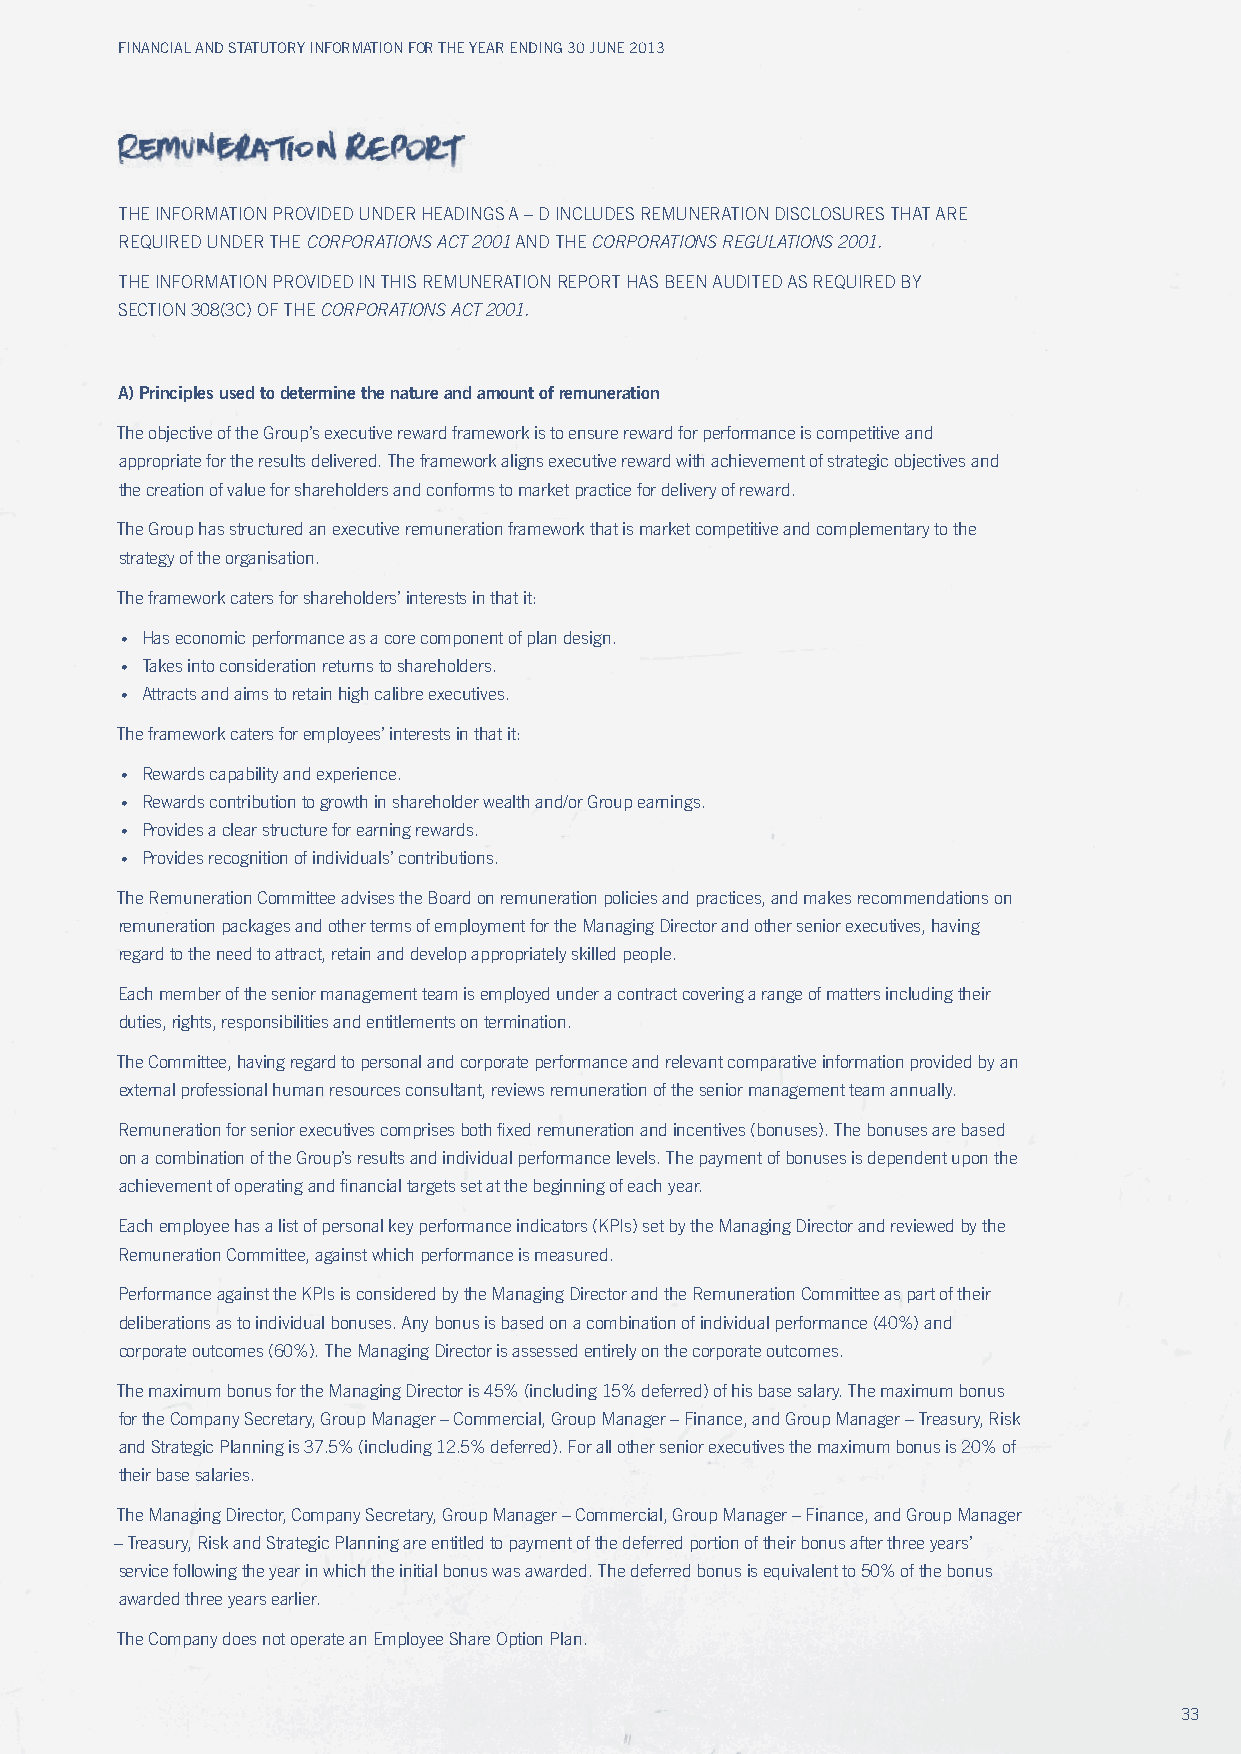
Financial and Statutory inFormation For the year ending 30 June 2013
 THE INFORMATION PROvIDED uNDER HEADINGS A – D INCLuDES REMuNERATION DISCLOSuRES THAT ARE
 REQuIRED uNDER THE CoRpoRAtIons ACt 2001 AND THE CoRpoRAtIons REGuLAtIons 2001.
 THE INFORMATION PROvIDED IN THIS REMuNERATION REPORT HAS BEEN AuDITED AS REQuIRED By
 SECTION 308(3C) OF THE CoRpoRAtIons ACt 2001.
 A) Principles used to determine the nature and amount of remuneration
 The objective of the Group’s executive reward framework is to ensure reward for performance is competitive and
 appropriate for the results delivered. The framework aligns executive reward with achievement of strategic objectives and
 the creation of value for shareholders and conforms to market practice for delivery of reward.
 The Group has structured an executive remuneration framework that is market competitive and complementary to the
 strategy of the organisation.
 The framework caters for shareholders’ interests in that it:
 • Has economic performance as a core component of plan design.
 • Takes into consideration returns to shareholders.
 • Attracts and aims to retain high calibre executives.
 The framework caters for employees’ interests in that it:
 • Rewards capability and experience.
 • Rewards contribution to growth in shareholder wealth and/or Group earnings.
 • Provides a clear structure for earning rewards.
 • Provides recognition of individuals’ contributions.
 The Remuneration Committee advises the Board on remuneration policies and practices, and makes recommendations on
 remuneration packages and other terms of employment for the Managing Director and other senior executives, having
 regard to the need to attract, retain and develop appropriately skilled people.
 Each member of the senior management team is employed under a contract covering a range of matters including their
 duties, rights, responsibilities and entitlements on termination.
 The Committee, having regard to personal and corporate performance and relevant comparative information provided by an
 external professional human resources consultant, reviews remuneration of the senior management team annually.
 Remuneration for senior executives comprises both fixed remuneration and incentives (bonuses). The bonuses are based
 on a combination of the Group’s results and individual performance levels. The payment of bonuses is dependent upon the
 achievement of operating and financial targets set at the beginning of each year.
 Each employee has a list of personal key performance indicators (KPIs) set by the Managing Director and reviewed by the
 Remuneration Committee, against which performance is measured.
 Performance against the KPIs is considered by the Managing Director and the Remuneration Committee as part of their
 deliberations as to individual bonuses. Any bonus is based on a combination of individual performance (40%) and
 corporate outcomes (60%). The Managing Director is assessed entirely on the corporate outcomes.
 The maximum bonus for the Managing Director is 45% (including 15% deferred) of his base salary. The maximum bonus
 for the Company Secretary, Group Manager – Commercial, Group Manager – Finance, and Group Manager – Treasury, Risk
 and Strategic Planning is 37.5% (including 12.5% deferred). For all other senior executives the maximum bonus is 20% of
 their base salaries.
 The Managing Director, Company Secretary, Group Manager – Commercial, Group Manager – Finance, and Group Manager
 – Treasury, Risk and Strategic Planning are entitled to payment of the deferred portion of their bonus after three years’
 service following the year in which the initial bonus was awarded. The deferred bonus is equivalent to 50% of the bonus
 awarded three years earlier.
 The Company does not operate an Employee Share Option Plan.
 33